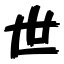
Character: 世